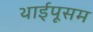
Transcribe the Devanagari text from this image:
थाईपूसम